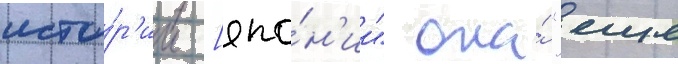
исто́р'ии [япо́н'ии" она́ "еще